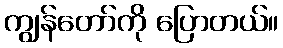
ကျွန်တော်ကို ပြောတယ်။